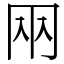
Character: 㒳